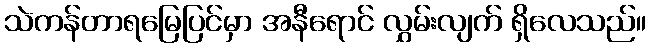
သဲကန်တာရမြေပြင်မှာ အနီရောင် လွှမ်းလျက် ရှိလေသည်။